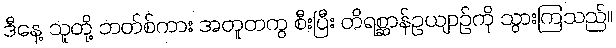
ဒီနေ့ သူတို့ ဘတ်စ်ကား အတူတကွ စီးပြီး တိရစ္ဆာန်ဥယျာဉ်ကို သွားကြသည်။